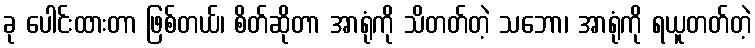
ခု ပေါင်းထားတာ ဖြစ်တယ်၊ စိတ်ဆိုတာ အာရုံကို သိတတ်တဲ့ သဘော၊ အာရုံကို ရယူတတ်တဲ့